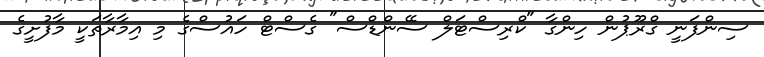
ސިންފަނީ ގްރޫޕުން ހިންގާ "ކްރިސްޓަލް ސޭންޑްސް" ގެސްޓް ހައުސްގެ މި އިމާރާތަކީ މާފުށީގެ